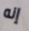
إنه